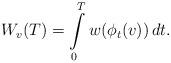
LaTeX: \begin{align*}W_v(T) = \int\limits_0^T w(\phi_t(v)) \, dt.\end{align*}